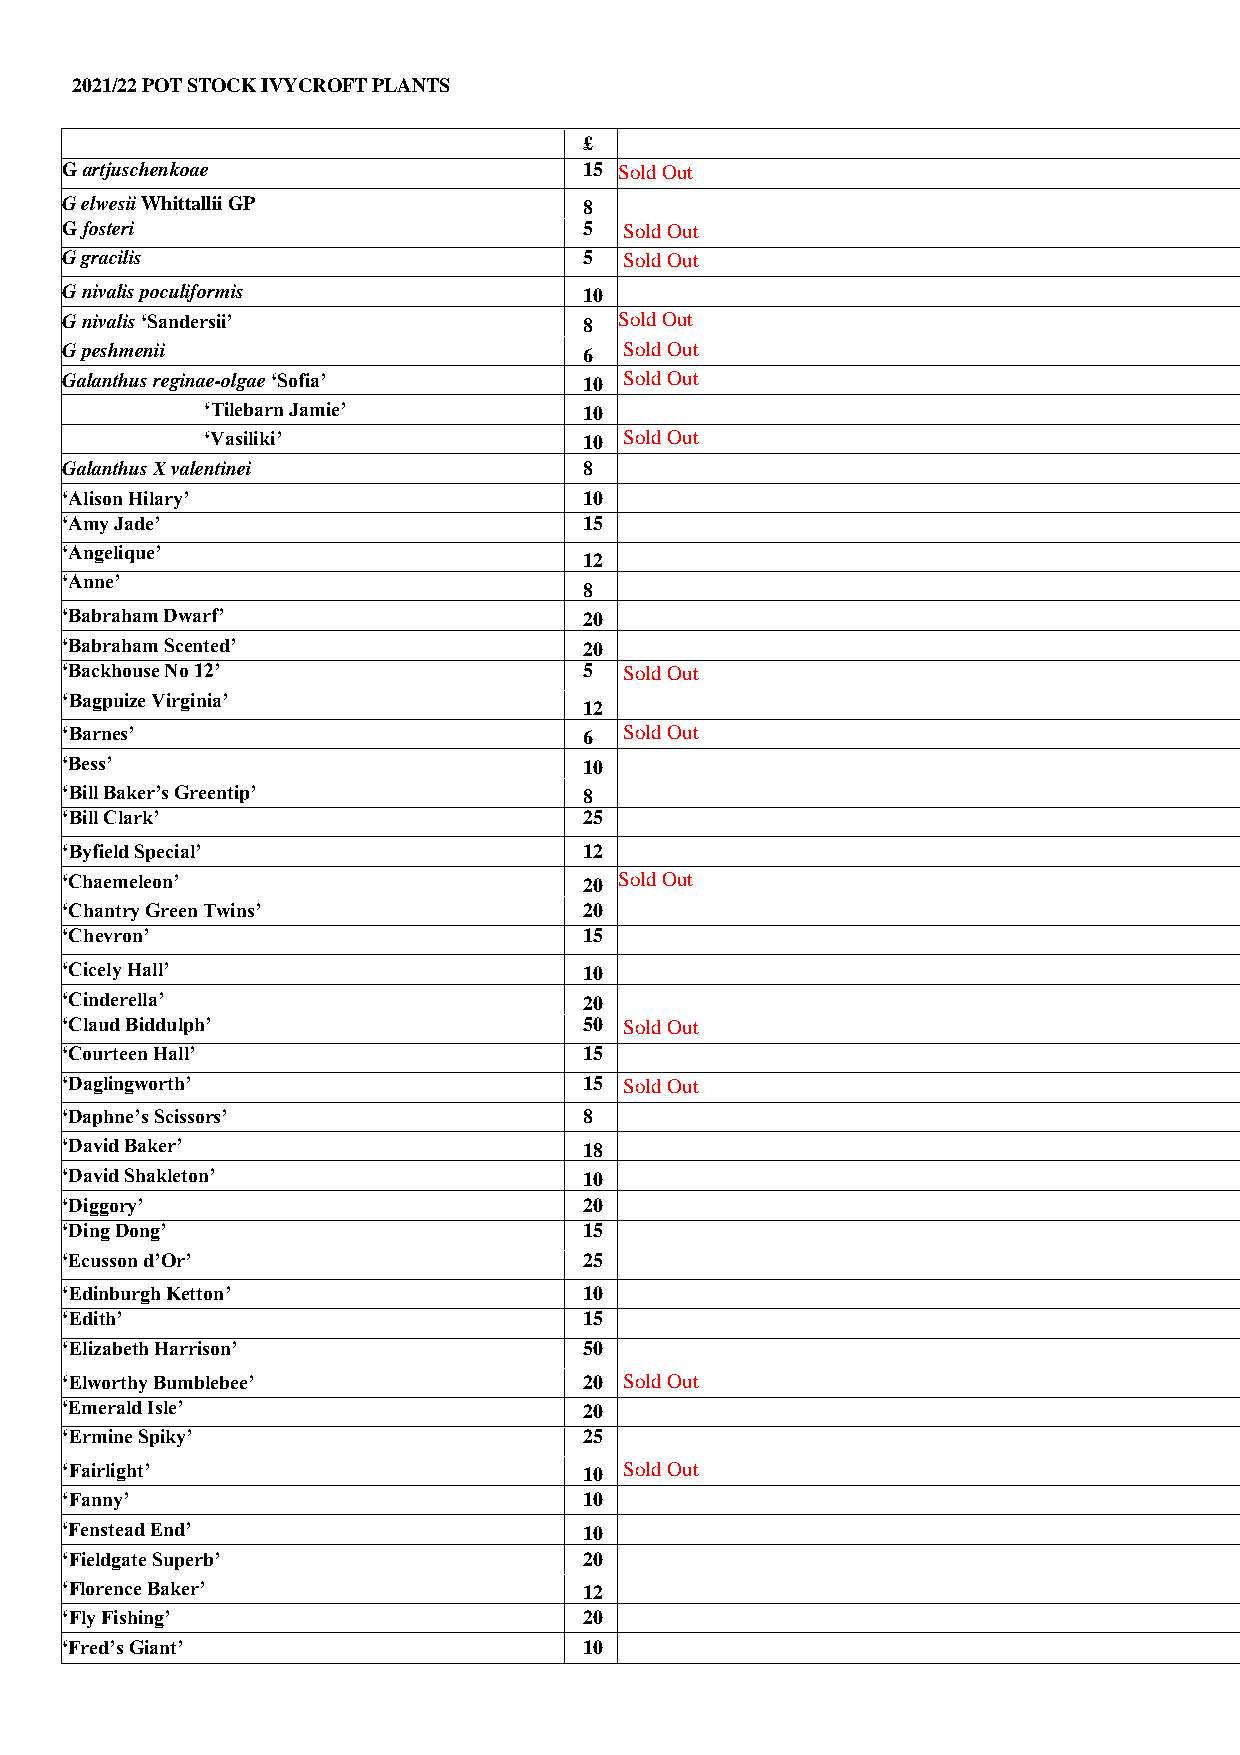
2021/22 POT STOCK IVYCROFT PLANTS
 £
 G artjuschenkoae                   15 Sold Out
 G elwesii Whittallii GP            8
 G fosteri                          5 Sold Out
 G gracilis                         5 Sold Out
 G nivalis poculiformis             10
 G nivalis ‘Sandersii’              8 Sold Out
 G peshmenii                        6 Sold Out
 Galanthus reginae-olgae ‘Sofia’    10 Sold Out
 ‘Tilebarn Jamie’          10
 ‘Vasiliki’                10 Sold Out
 Galanthus X valentinei             8
 ‘Alison Hilary’                    10
 ‘Amy Jade’                         15
 ‘Angelique’
 12
 ‘Anne’
 8
 ‘Babraham Dwarf’                   20
 ‘Babraham Scented’                 20
 ‘Backhouse No 12’                  5 Sold Out
 ‘Bagpuize Virginia’
 12
 ‘Barnes’                           6 Sold Out
 ‘Bess’                             10
 ‘Bill Baker’s Greentip’            8
 ‘Bill Clark’                       25
 ‘Byfield Special’                  12
 ‘Chaemeleon’                       20 Sold Out
 ‘Chantry Green Twins’              20
 ‘Chevron’                          15
 ‘Cicely Hall’                      10
 ‘Cinderella’                       20
 ‘Claud Biddulph’                   50 Sold Out
 ‘Courteen Hall’                    15
 ‘Daglingworth’                     15 Sold Out
 ‘Daphne’s Scissors’                8
 ‘David Baker’                      18
 ‘David Shakleton’                  10
 ‘Diggory’                          20
 ‘Ding Dong’                        15
 ‘Ecusson d’Or’                     25
 ‘Edinburgh Ketton’                 10
 ‘Edith’                            15
 ‘Elizabeth Harrison’               50
 ‘Elworthy Bumblebee’               20 Sold Out
 ‘Emerald Isle’                     20
 ‘Ermine Spiky’                     25
 ‘Fairlight’                        10 Sold Out
 ‘Fanny’                            10
 ‘Fenstead End’                     10
 ‘Fieldgate Superb’                 20
 ‘Florence Baker’                   12
 ‘Fly Fishing’                      20
 ‘Fred’s Giant’                     10